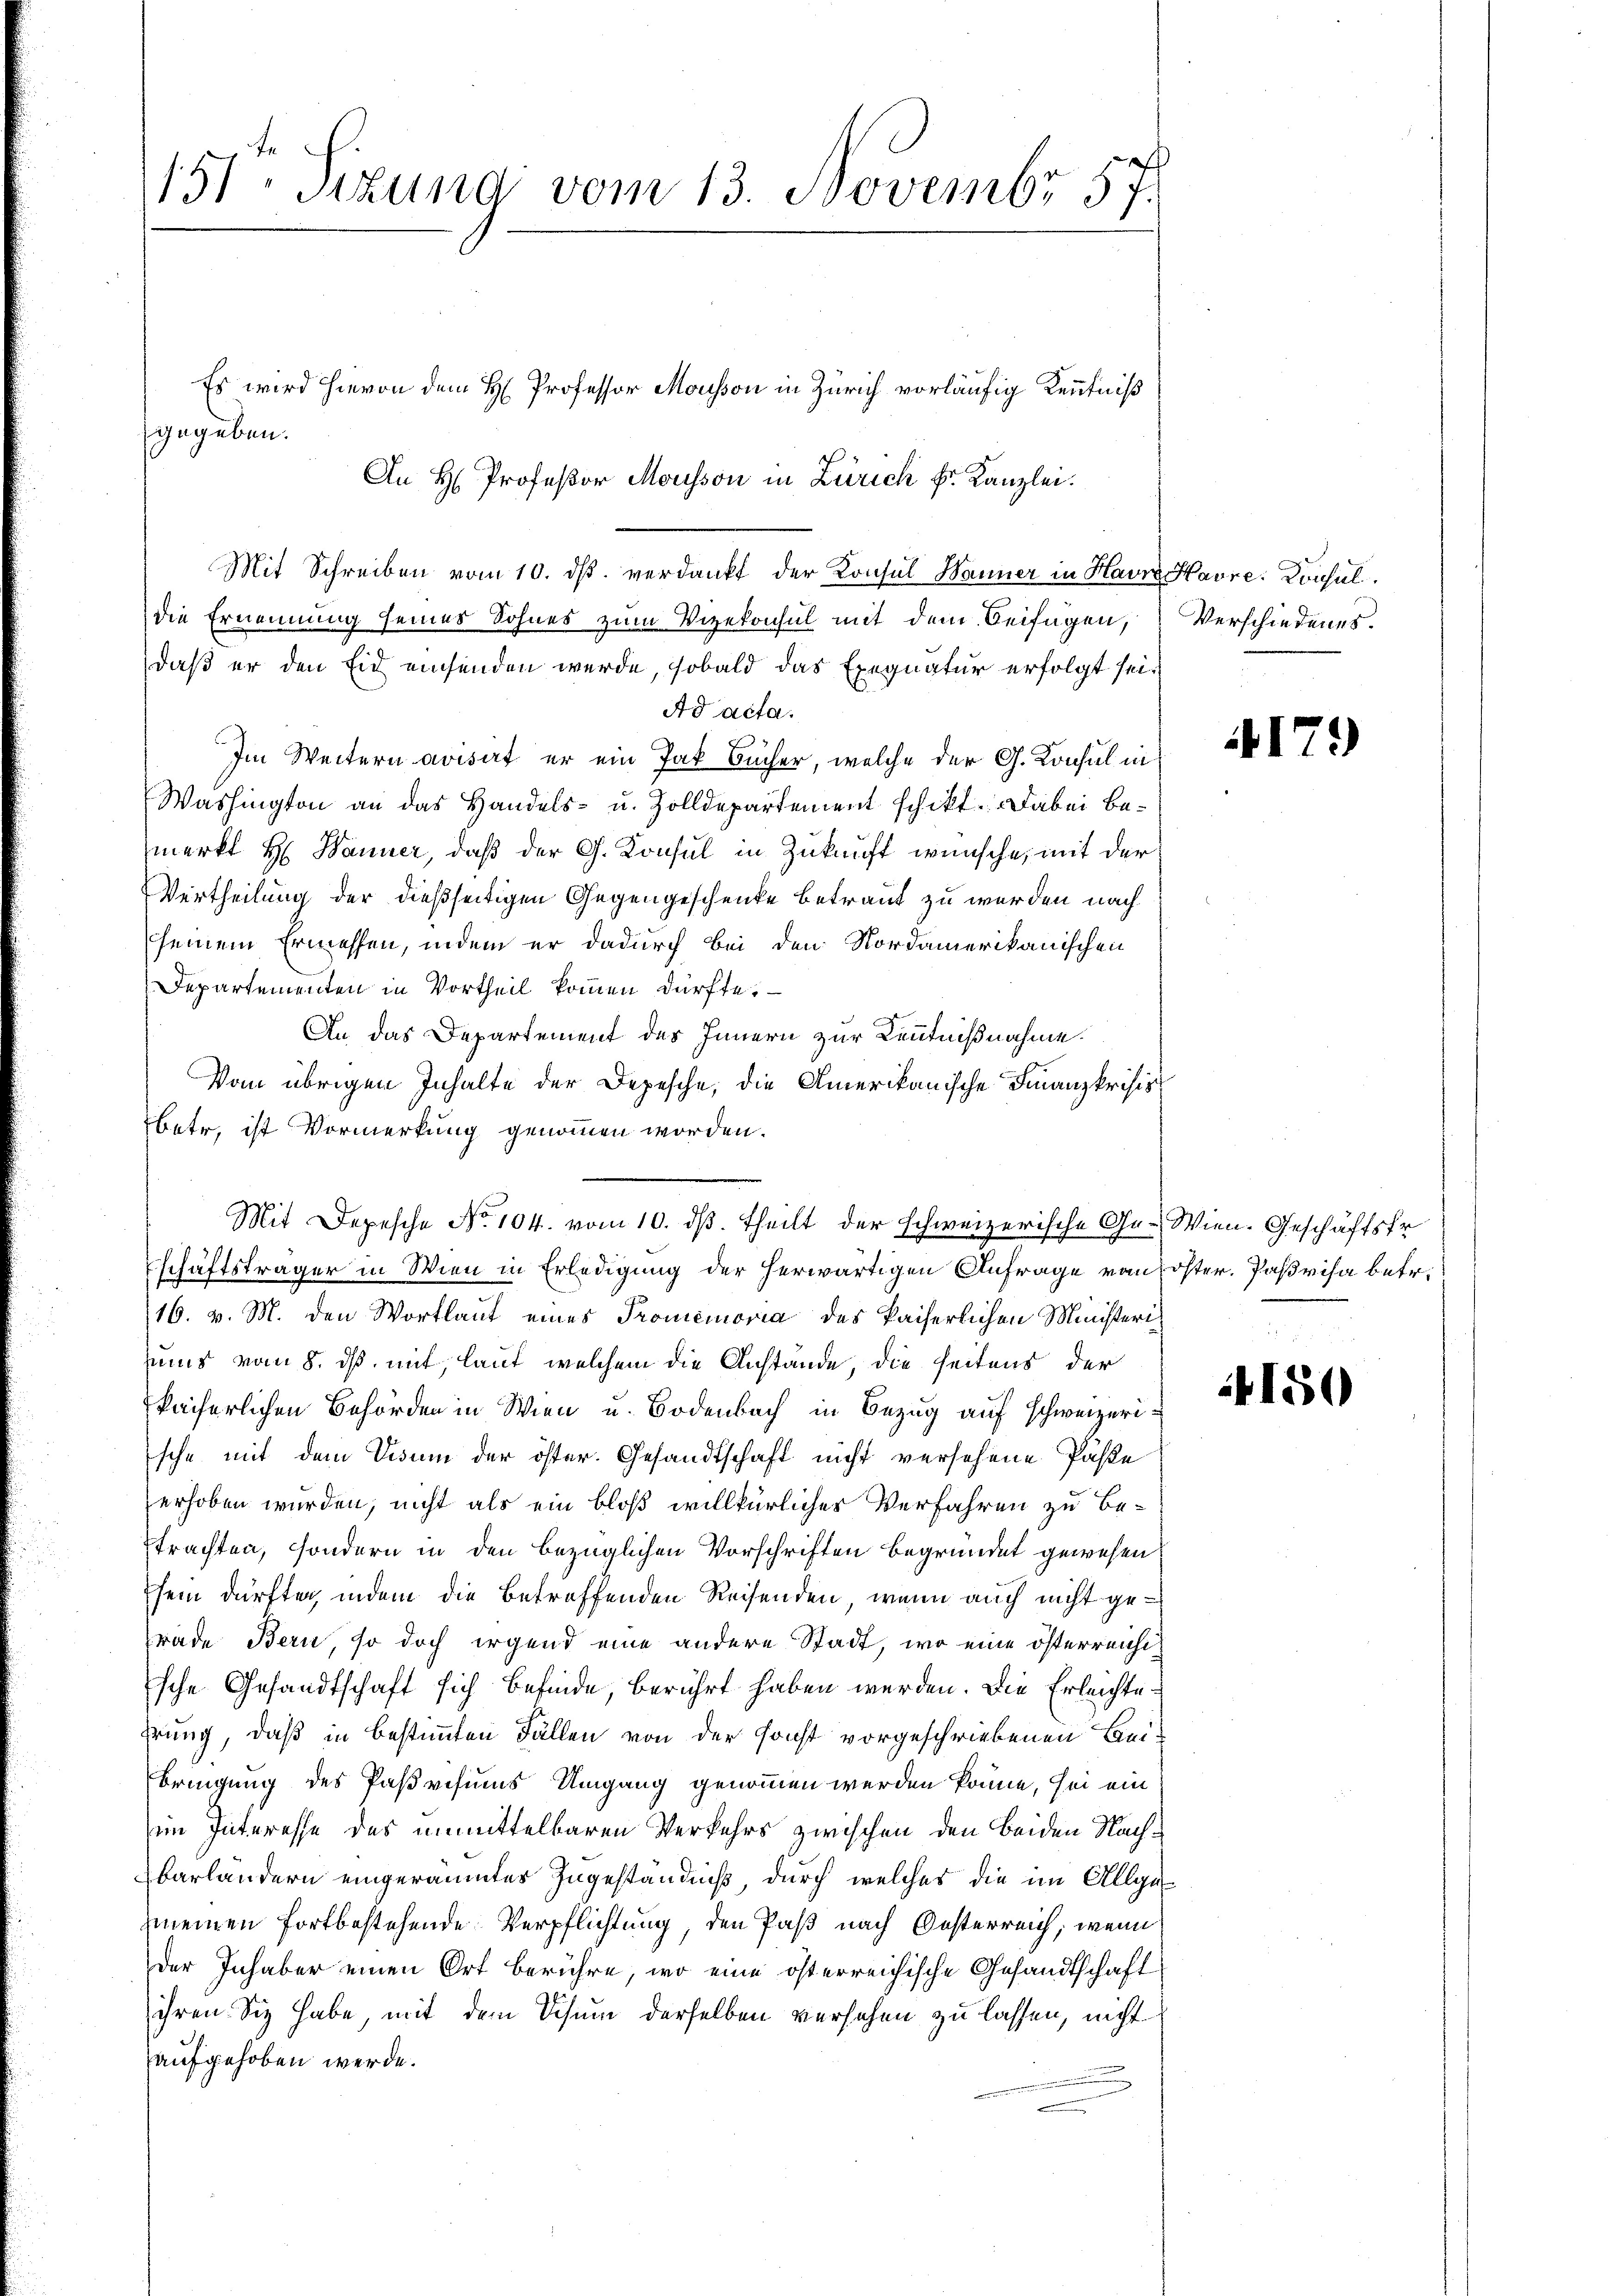
d
151. Sizung vom 13. Novembr 57.

gegeben.
An H Professor Mousson in Zürich Fr. Kanzlei.

Es wird hievon dem H Professor Mousson in Zürich vorläufig Kenntniß

Mit Schreiben vom 10. ds. verdankt der Konsul Manner in Havre Havre: Consul
die Ernennung seines Sohnes zum Vizekonsul mit dem Beifügen,
daß er den Eid einsenden werde, sobald das Exequatur erfolgt sei¬
Ad acta.
Im Weitern avisirt er ein Jak Bücher, welche der G. Konsul in
Washington an das Handels- u. Zolldepartement schikt. Dabei Bemerkt H. Wanner, daß der G. Konsul in Zukauft wünsche, mit der
Vertheilung der dießseitigen Gegengeschenke betraut zu werden nach
seinem Ermessen, indem er dadurch bei den Nordamerikanischen
Departementen in Vortheil kommen dürfte.
An das Departement des Innern zur Kenntnißnahme.
Vom übrigen Inhalte der Depesche, die Amerikanische Finanzkrisis
betr, ist Vormerkung genommen worden.
schäftsträger in Wien in Erledigung der herwärtigen Anfrage von
16. v. M. den Wortlaut eines Promemoria des kaiserlichen Ministeriuns vom 8. ds mit, lauf welchem die Anstände, die seitens der
kaiserlichen Behörden in Wien u. Bodenbach in Bezug auf schweizerische mit dem Visum der öster. Gesandtschaft nicht versehene Paste
erhoben wurden, nicht als ein bloß willkürlicher Verfahren zu be-
trachten, sondern in den bezüglichen Vorschriften begründet gewesen
sein dürften, indem die betreffenden Reisenden, wenn auch nicht gerade Bern, so doch irgend eine andere Stadt, wo eine österreichische Gesandtschaft sich befinde, berührt haben werden. Die Erleichtedrung, daß in bestimmten Fällen von der sonst vorgeschriebenen Bei¬
Bringung des Paßvisums Umgang genommen werden könne, sei ein
im Interesse des unmittelbaren Verkehrs zwischen den beiden Nachbarländern eingeräumtes Zugeständniß durch welches die im Allge
meinen fortbestehende Verpflichtung, den Paß nach Oesterreich, wenn
der Inhaber einen Ort berühre, wo eine österreichische Gesandtschaft
ihren Sie habe, mit dem Schum derselben versehen zu lassen, nicht
aufgehoben werde.

Mit Depesche No 104. vom 10. ds. theilt der schweizerische Ge- Wien. Geschäftsfr

Verschiedenes.

179

öster. Parisa betr.

4150